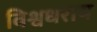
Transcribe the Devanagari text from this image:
विश्वधराय